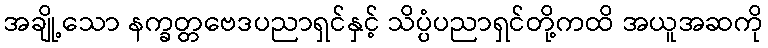
အချို့သော နက္ခတ္တဗေဒပညာရှင်နှင့် သိပ္ပံပညာရှင်တို့ကထိ အယူအဆကို